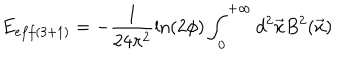
LaTeX: E _ { e f f ( 3 + 1 ) } = - \frac { 1 } { 2 4 \pi ^ { 2 } } \ln \left( 2 \phi \right) \int _ { 0 } ^ { + \infty } d ^ { 2 } \vec { x } B ^ { 2 } ( \vec { x } )